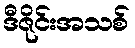
ဒီဇိုင်းအသစ်